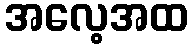
အလေ့အထ